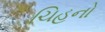
ચિહનો